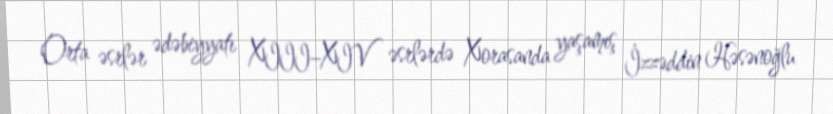
Orta əsrlər ədəbiyyatı XIII–XIV əsrlərdə Xorasanda yaşamış İzzəddin Həsənoğlu